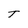
Character: T